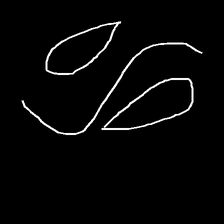
Glyph: water